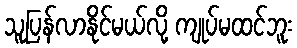
သူပြန်လာနိုင်မယ်လို့ ကျုပ်မထင်ဘူး